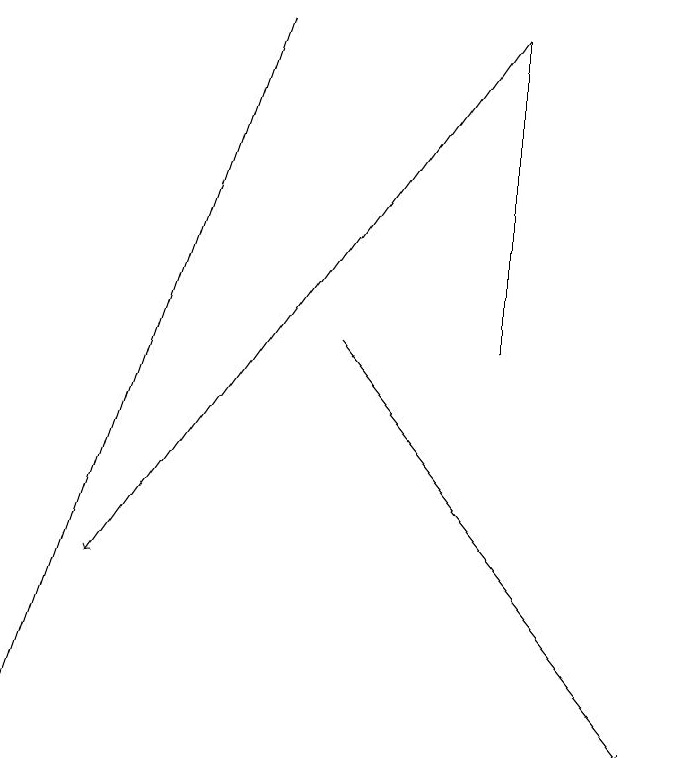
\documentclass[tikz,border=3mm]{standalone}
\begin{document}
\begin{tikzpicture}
\draw[->] (4,19) -- (1,10);
\draw (7,19) rectangle (7,15);
\draw[->] (5,15) -- (9,10);
\draw[->] (7,19) -- (2,12);
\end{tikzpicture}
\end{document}